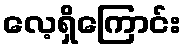
လေ့ရှိကြောင်း